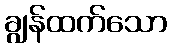
ချွန်ထက်သော